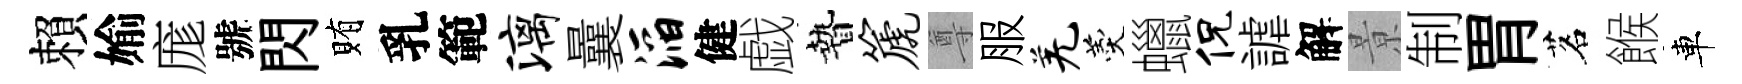
賴媮庬號閃賄乳範漓曩滔健戯贄篪尊服羌羹蠟侃謔解㬌制胃茗餱車